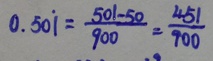
0 . 5 0 \dot { 1 } = \frac { 5 0 1 - 5 0 } { 9 0 0 } = \frac { 4 5 1 } { 9 0 0 }